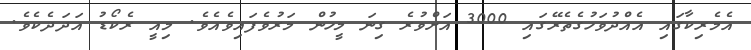
އެމެރިކާގައި އެއްދުވަހުގެތެރޭގައި 3000 އަށްވުރެ ގިނަ މީހުން މަރުވެފައިވެއެވެ. މިއީ ރެކޯޑު އަދަދެކެވެ.